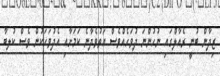
ޒިދާން ބުނީ ރެއާލްގައި ނުހުންނަ ދުވަހެއްވެސް އަތުވެދާނެ ކަމަށާއި އެދުވަހަކުން ވެސް ކުލބާ